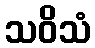
သဝိသံ